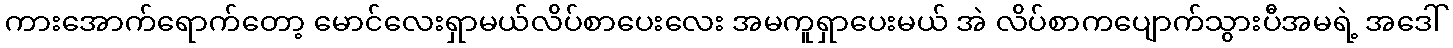
ကားအောက်ရောက်တော့ မောင်လေးရှာမယ်လိပ်စာပေးလေး အမကူရှာပေးမယ် အဲ လိပ်စာကပျောက်သွားပီအမရဲ့ အဒေါ်